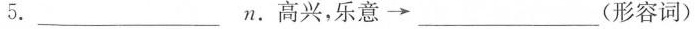
5.___n.高兴，乐意\longrightarrow ___(形容词)